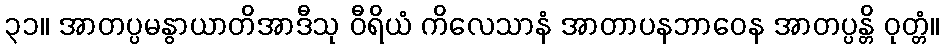
၃၁။ အာတပ္ပမနွာယာတိအာဒီသု ဝီရိယံ ကိလေသာနံ အာတာပနဘာဝေန အာတပ္ပန္တိ ဝုတ္တံ။